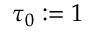
\tau _ { 0 } : = 1